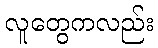
လူတွေကလည်း